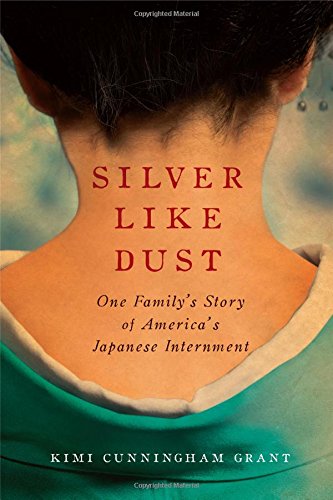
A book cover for Silver Like Dust: One Family's Story of America's Japanese Internment; Kimi Cunningham Grant; Biographies & Memoirs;